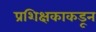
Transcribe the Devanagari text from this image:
प्रशिक्षकाकडून